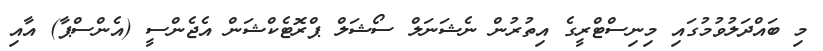
މި ބައްދަލުވުމުގައި މިނިސްޓްރީގެ އިތުރުން ނެޝަނަލް ސޯޝަލް ޕްރޮޓެކްޝަން އެޖެންސީ (އެންސްޕާ) އާއި